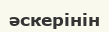
әскерінін